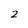
Character: 2